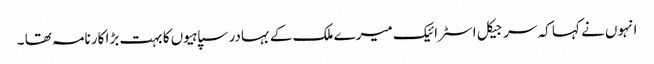
انہوں نے کہا کہ سرجیکل اسٹرائیک میرے ملک کے بہادر سپاہیوں کا بہت بڑا کارنامہ تھا ۔